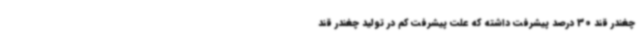
چغندر قند 30 درصد پیشرفت داشته که علت پیشرفت کم در تولید چغندر قند